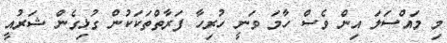
މި މައްސަލަ އިން ވެސް ހާމަ ވަނީ ހުރިހާ ފަރާތްތަކަކުން ގުޅިގެން ޝަރުއީ